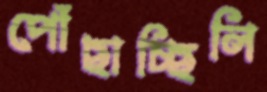
পোঁছাচ্ছিলি